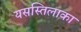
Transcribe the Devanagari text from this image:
यसस्तिलाका